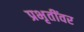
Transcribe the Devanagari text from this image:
प्रभृतींवर